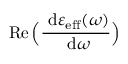
\operatorname { R e } \Big ( \frac { \ \mathrm { d } \varepsilon _ { \mathrm { e f f } } ( \omega ) } { \ \mathrm { d } \omega } \Big )